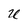
Character: U